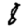
Digit: 8